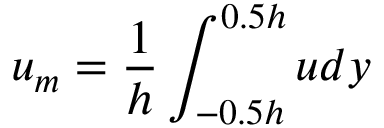
u _ { m } = \frac { 1 } { h } \int _ { - 0 . 5 h } ^ { 0 . 5 h } u d y